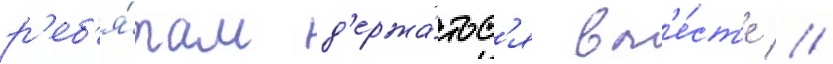
р'еб'я́там д'ержа́тьс'я вм'е́ст'е //